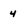
Character: 4